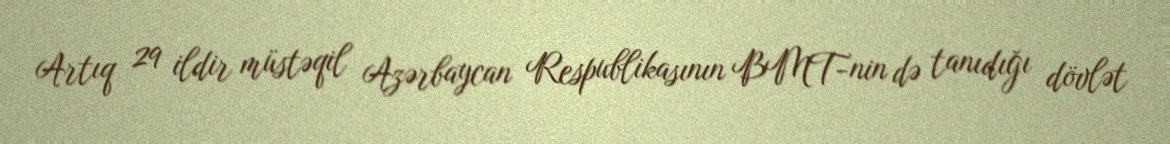
Artıq 29 ildir müstəqil Azərbaycan Respublikasının BMT-nin də tanıdığı dövlət